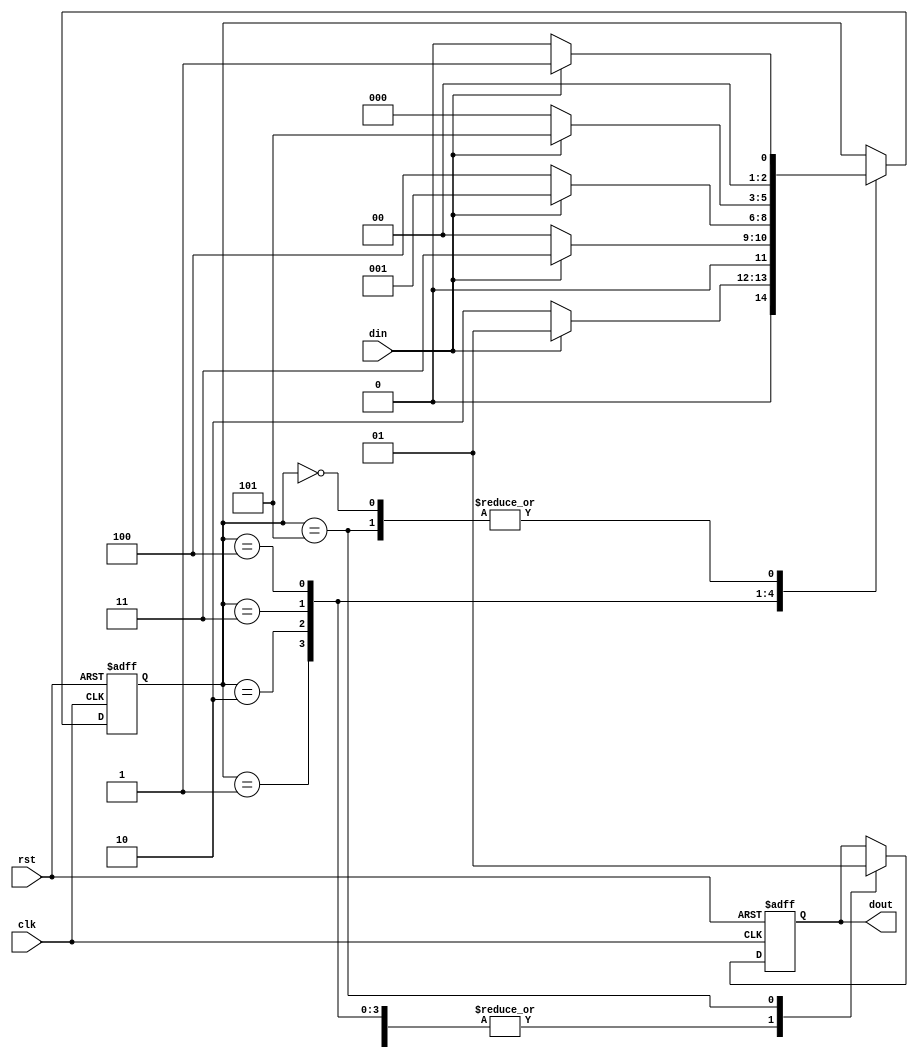
module moore_nonover(
	input clk,
	input rst,
	input din,
	output reg dout
);

//sequence - 10101	

parameter S0 = 3'd0;
parameter S1 = 3'd1;
parameter S2 = 3'd2;
parameter S3 = 3'd3;
parameter S4 = 3'd4;
parameter S5 = 3'd5;

reg [2:0] state = S0;

always@(posedge clk or posedge rst) begin
	if(rst) begin
		dout <= 0;
		state <= S0;
	end else begin
		case(state)
			S0 : begin
				dout <= 0;
				if(din) state <= S1;
				else state <= S0;
			end
			S1 : begin
				dout <= 0;
				if(din) state <= S1;
				else state <= S2;
			end
			S2 : begin
				dout <= 0;
				if(din) state <= S3;
				else state <= S0;
			end
			S3 : begin
				dout <= 0;
				if(din) state <= S1;
				else state <= S4;
			end
			S4 : begin
				dout <= 0;
				if(din) state <= S5;
				else state <= S0;
			end
			S5 : begin
				dout <= 1;
				if(din) state <= S1;
				else state <= S0;
			end
		endcase
	end
end

endmodule